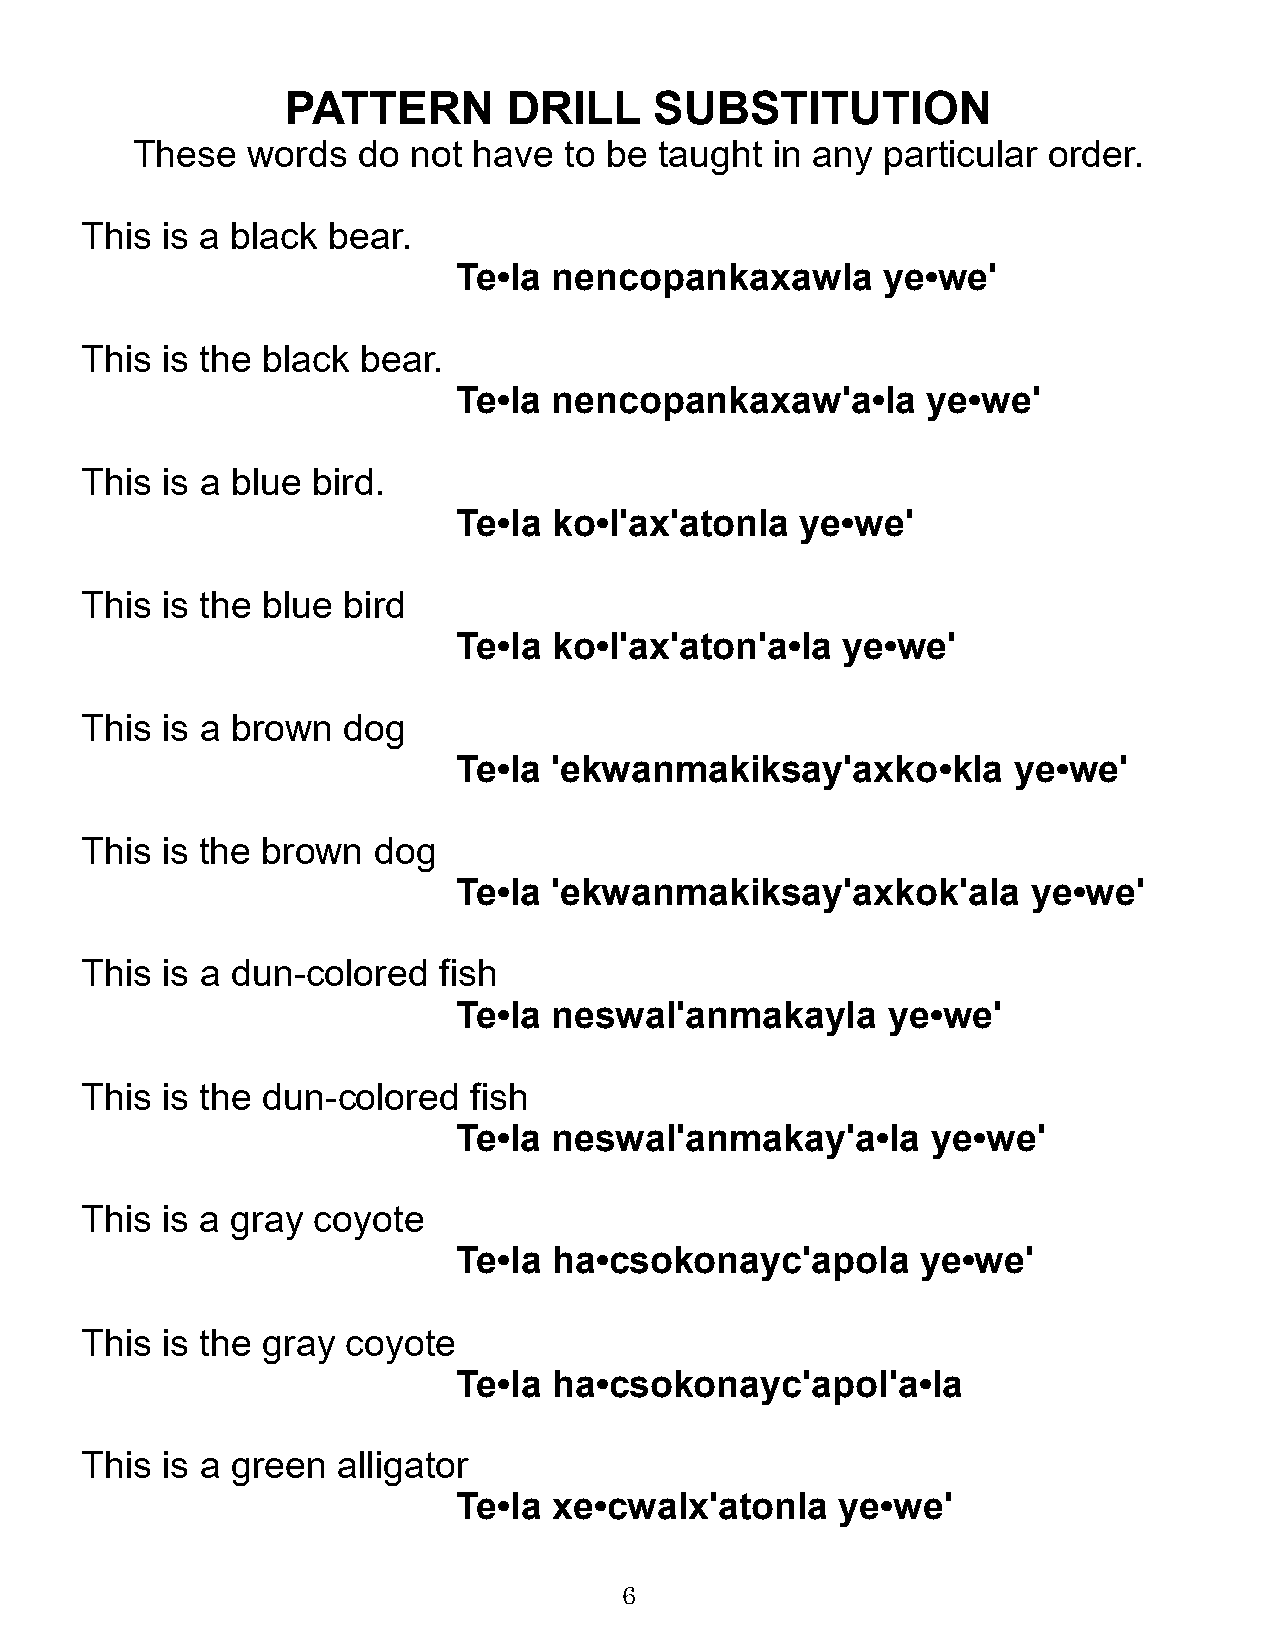
PATTERN        DRILL    SUBSTITUTION
 These  words   do not have  to be  taught in any particular order.
 This  is a black bear.
 Te•la  nencopankaxawla      ye•we'
 This  is the black bear.
 Te•la  nencopankaxaw'a•la      ye•we'
 This  is a blue bird.
 Te•la  ko•l'ax'atonla  ye•we'
 This  is the blue bird
 Te•la  ko•l'ax'aton'a•la  ye•we'
 This  is a brown  dog
 Te•la  'ekwanmakiksay'axko•kla       ye•we'
 This  is the brown  dog
 Te•la  'ekwanmakiksay'axkok'ala       ye•we'
 This  is a dun-colored  fish
 Te•la  neswal'anmakayla      ye•we'
 This  is the dun-colored  fish
 Te•la  neswal'anmakay'a•la      ye•we'
 This  is a gray coyote
 Te•la  ha•csokonayc'apola      ye•we'
 This  is the gray coyote
 Te•la  ha•csokonayc'apol'a•la
 This  is a green alligator
 Te•la  xe•cwalx'atonla    ye•we'
 6